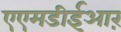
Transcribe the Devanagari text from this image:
एएमडीईआऱ